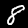
Digit: 8